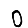
Digit: 0